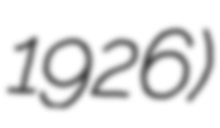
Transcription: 1926)